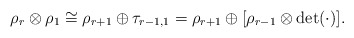
\begin{align*}\rho_r\otimes \rho_1\cong \rho_{r+1}\oplus \tau_{r-1,1} =\rho_{r+1}\oplus [\rho_{r-1}\otimes \det(\cdot)].\end{align*}